Indian journal of veterinary science and animal husbandry - Volume 5,
Year: 1935
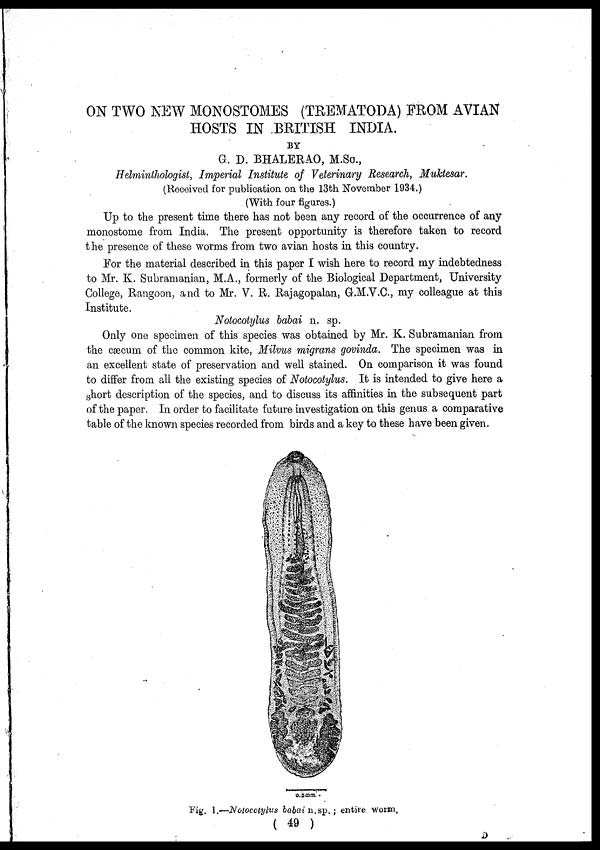
ON TWO NEW MONOSTOMES (TREMATODA) FROM AVIAN
HOSTS IN BRITISH INDIA.
BY
G. D. BHALERAO, M.Sc.,
Helminthologist, Imperial Institute of Veterinary Research, Muktesar.
(Received for publication on the 13th November 1934.)
(With four figures.)
Up to the present time there has not been any record of the occurrence of any
monostome from India. The present opportunity is therefore taken to record
the presence of these worms from two avian hosts in this country.
For the material described in this paper I wish here to record my indebtedness
to Mr. K. Subramanian, M.A., formerly of the Biological Department, University
College, Rangoon, and to Mr. V. R. Rajagopalan, G.M.V.C., my colleague at this
Institute.
Notocotylus babai n. sp.
Only one specimen of this species was obtained by Mr. K. Subramanian from
the cæcum of the common kite, Milvus migrans govinda. The specimen was in
an excellent state of preservation and well stained. On comparison it was found
to differ from all the existing species of Notocotylus. It is intended to give here a
short description of the species, and to discuss its affinities in the subsequent part
of the paper. In order to facilitate future investigation on this genus a comparative
table of the known species recorded from birds and a key to these have been given.
Fig. 1.—Notocotylus babai n. sp. ; entire worm.
( 49 )
D